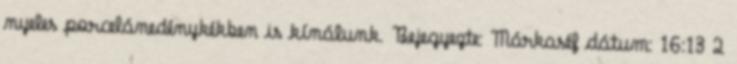
nyeles porcelánedénykékben is kínálunk. Bejegyezte: Márkaséf dátum: 16:13 2